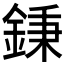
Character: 𨧺